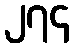
၂၇၄